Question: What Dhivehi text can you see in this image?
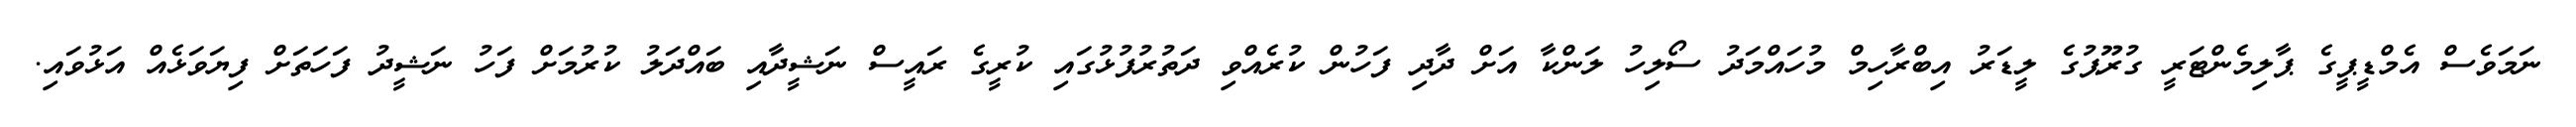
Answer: ނަމަވެސް އެމްޑީޕީގެ ޕާލިމެންޓަރީ ގުރޫޕުގެ ލީޑަރު އިބްރާހިމް މުހައްމަދު ސޯލިހު ލަންކާ އަށް ދާދި ފަހުން ކުރެއްވި ދަތުރުފުޅުގައި ކުރީގެ ރައީސް ނަޝީދާއި ބައްދަލު ކުރުމަށް ފަހު ނަޝީދު ފަހަތަށް ފިޔަވަޅެއް އަޅުވައި.